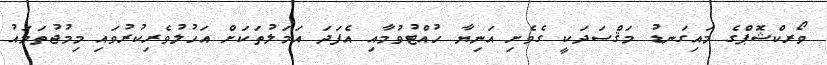
ވޯރކްޝޮޕްގެ މައިގަނޑު މަޤްސަދަކީ ގެވެށި އަނިޔާ ހުއްޓުވުމާއި އެފަދަ އަމަލުތަކަށް އަހުލުވެރިކުރުވައި މިމުޖުތަމައު